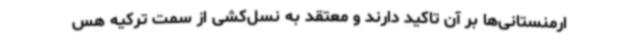
ارمنستانی‌ها بر آن تاکید دارند و معتقد به نسل‌کشی از سمت ترکیه هس